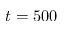
t = 5 0 0